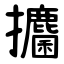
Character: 攟